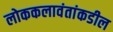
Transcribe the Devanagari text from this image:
लोककलावंतांकडील